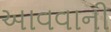
આવવાની